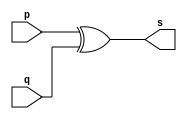
// --------------------- 
// Exemplo0005 - xor 
// Nome: Mateus Augusto Moraes Ferreira
// --------------------- 
 
// --------------------- 
// -- xor gate 
// --------------------- 
 
module xorgate (output [0:3] s, 
                             input   [0:3] p, 
                             input   [0:3] q); 
 assign s = p ^ q; 
endmodule // xor 
 
// --------------------- 
// -- test xorgate 
// --------------------- 
module testxorgate; 
// ------------------------- dados locais 
   reg  [0:3] a,b; // definir registrador 
   wire [0:3] s;    // definir conexao (fio) 
// ------------------------- instancia 
   xorgate XOR1 (s, a, b); 
	 
// ------------------------- preparacao 
   initial begin:start 
      a=4'b0011;   // 4 valores binarios 
      b=4'b0101;   // 4 valores binarios 
   end 
 
// ------------------------- parte principal 
   initial begin:main 
      $display("Exemplo0005 - Mateus Augusto Moraes Ferreira - 435669"); 
      $display("Test xor gate"); 
      $display("\n  a     ^    b    =     s\n"); 
      $monitor("%b ^ %b = %b", a, b, s); 
  #1  a=0; b=0;    // valores decimais 
  #1  a=4'b0010; b=4'b0001;  // valores binarios 
  #1  a=4'd1;    b=3;    // decimal e decimal 
  #1  a=4'o5;    b=2;    // octal   e decimal 
  #1  a=4'hA;    b=3;    // hexadecimal e decimal 
  #1  a=4'h9;    b=4'o3;    // hexadecimal e octal 
 
 end 
 
endmodule // testxorgate